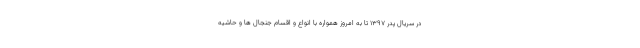
در سریال پدر 1397 تا به امروز همواره با انواع و اقسام جنجال ها و حاشیه